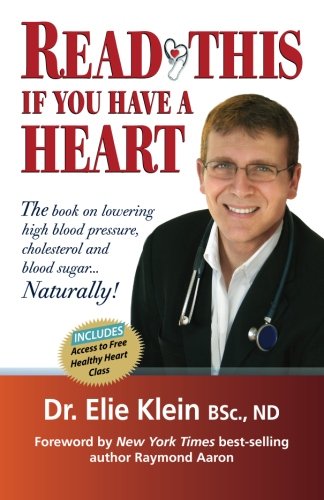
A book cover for Read This if you Have A Heart: The book on lowering high blood Pressure, cholesterol and blood sugar...Naturally!; Dr Elie Klein; Health, Fitness & Dieting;